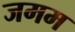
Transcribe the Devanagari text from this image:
जमम